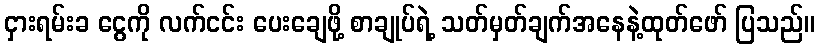
ငှားရမ်းခ ငွေကို လက်ငင်း ပေးချေဖို့ စာချုပ်ရဲ့ သတ်မှတ်ချက်အနေနဲ့ထုတ်ဖော် ပြသည်။